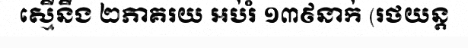
ស្មើនឹង ២ភាគរយ អប់រំ ១៣៩នាក់ (រថយន្ត